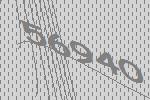
56940